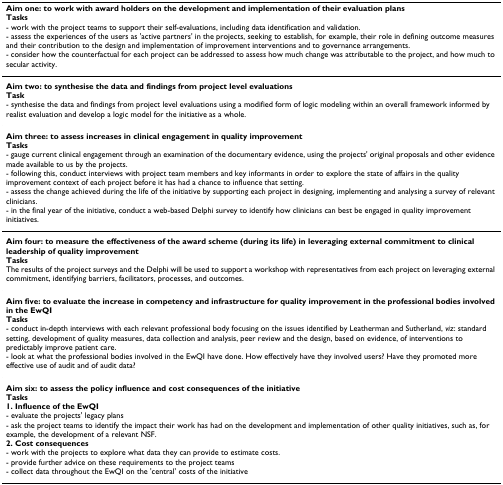
| Aim one: to work with award holders on the development and implementation of their evaluation plansTasks- work with the project teams to support their self-evaluations, including data identification and validation.- assess the experiences of the users as 'active partners' in the projects, seeking to establish, for example, their role in defining outcome measures and their contribution to the design and implementation of improvement interventions and to governance arrangements.- consider how the counterfactual for each project can be addressed to assess how much change was attributable to the project, and how much to secular activity. |
 | --- |
 | Aim two: to synthesise the data and findings from project level evaluationsTask- synthesise the data and findings from project level evaluations using a modified form of logic modeling within an overall framework informed by realist evaluation and develop a logic model for the initiative as a whole. |
 | Aim three: to assess increases in clinical engagement in quality improvementTasks- gauge current clinical engagement through an examination of the documentary evidence, using the projects' original proposals and other evidence made available to us by the projects.- following this, conduct interviews with project team members and key informants in order to explore the state of affairs in the quality improvement context of each project before it has had a chance to influence that setting.- assess the change achieved during the life of the initiative by supporting each project in designing, implementing and analysing a survey of relevant clinicians.- in the final year of the initiative, conduct a web-based Delphi survey to identify how clinicians can best be engaged in quality improvement initiatives. |
 | Aim four: to measure the effectiveness of the award scheme (during its life) in leveraging external commitment to clinical leadership of quality improvementTasksThe results of the project surveys and the Delphi will be used to support a workshop with representatives from each project on leveraging external commitment, identifying barriers, facilitators, processes, and outcomes. |
 | Aim five: to evaluate the increase in competency and infrastructure for quality improvement in the professional bodies involved in the EwQITasks- conduct in-depth interviews with each relevant professional body focusing on the issues identified by Leatherman and Sutherland, viz: standard setting, development of quality measures, data collection and analysis, peer review and the design, based on evidence, of interventions to predictably improve patient care.- look at what the professional bodies involved in the EwQI have done. How effectively have they involved users? Have they promoted more effective use of audit and of audit data? |
 | Aim six: to assess the policy influence and cost consequences of the initiativeTasks1. Influence of the EwQI- evaluate the projects' legacy plans- ask the project teams to identify the impact their work has had on the development and implementation of other quality initiatives, such as, for example, the development of a relevant NSF.2. Cost consequences- work with the projects to explore what data they can provide to estimate costs.- provide further advice on these requirements to the project teams- collect data throughout the EwQI on the 'central' costs of the initiative |